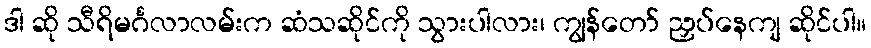
ဒါ ဆို သီရိမင်္ဂလာလမ်းက ဆံသဆိုင်ကို သွားပါလား၊ ကျွန်တော် ညှပ်နေကျ ဆိုင်ပါ။